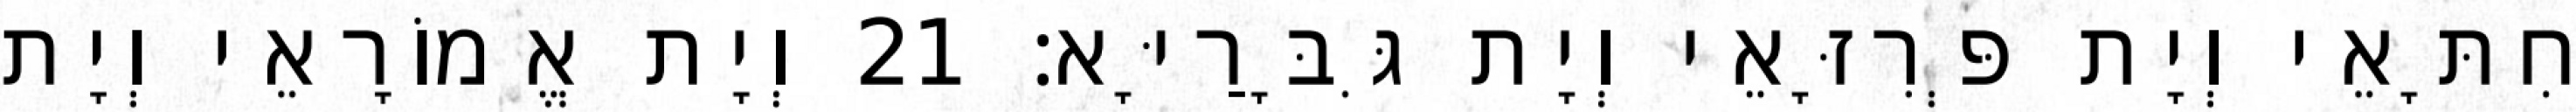
חִתָּאֵי וְיָת פְּרִזָּאֵי וְיָת גִּבָּרַיָּא׃ 21 וְיָת אֱמוֹרָאֵי וְיָת